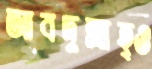
আবদুল্লাহ্ও